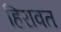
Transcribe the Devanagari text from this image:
हिरावत